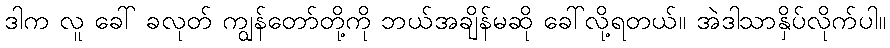
ဒါက လူ ခေါ် ခလုတ် ကျွန်တော်တို့ကို ဘယ်အချိန်မဆို ခေါ်လို့ရတယ်။ အဲဒါသာနှိပ်လိုက်ပါ။